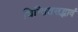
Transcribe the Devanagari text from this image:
चिन्तितसद्भावं